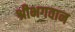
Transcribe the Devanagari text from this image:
श्रीभगवान